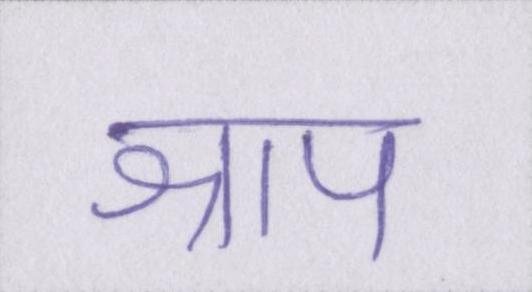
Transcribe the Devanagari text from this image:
श्राप